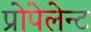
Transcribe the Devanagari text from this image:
प्रोपेलेन्ट